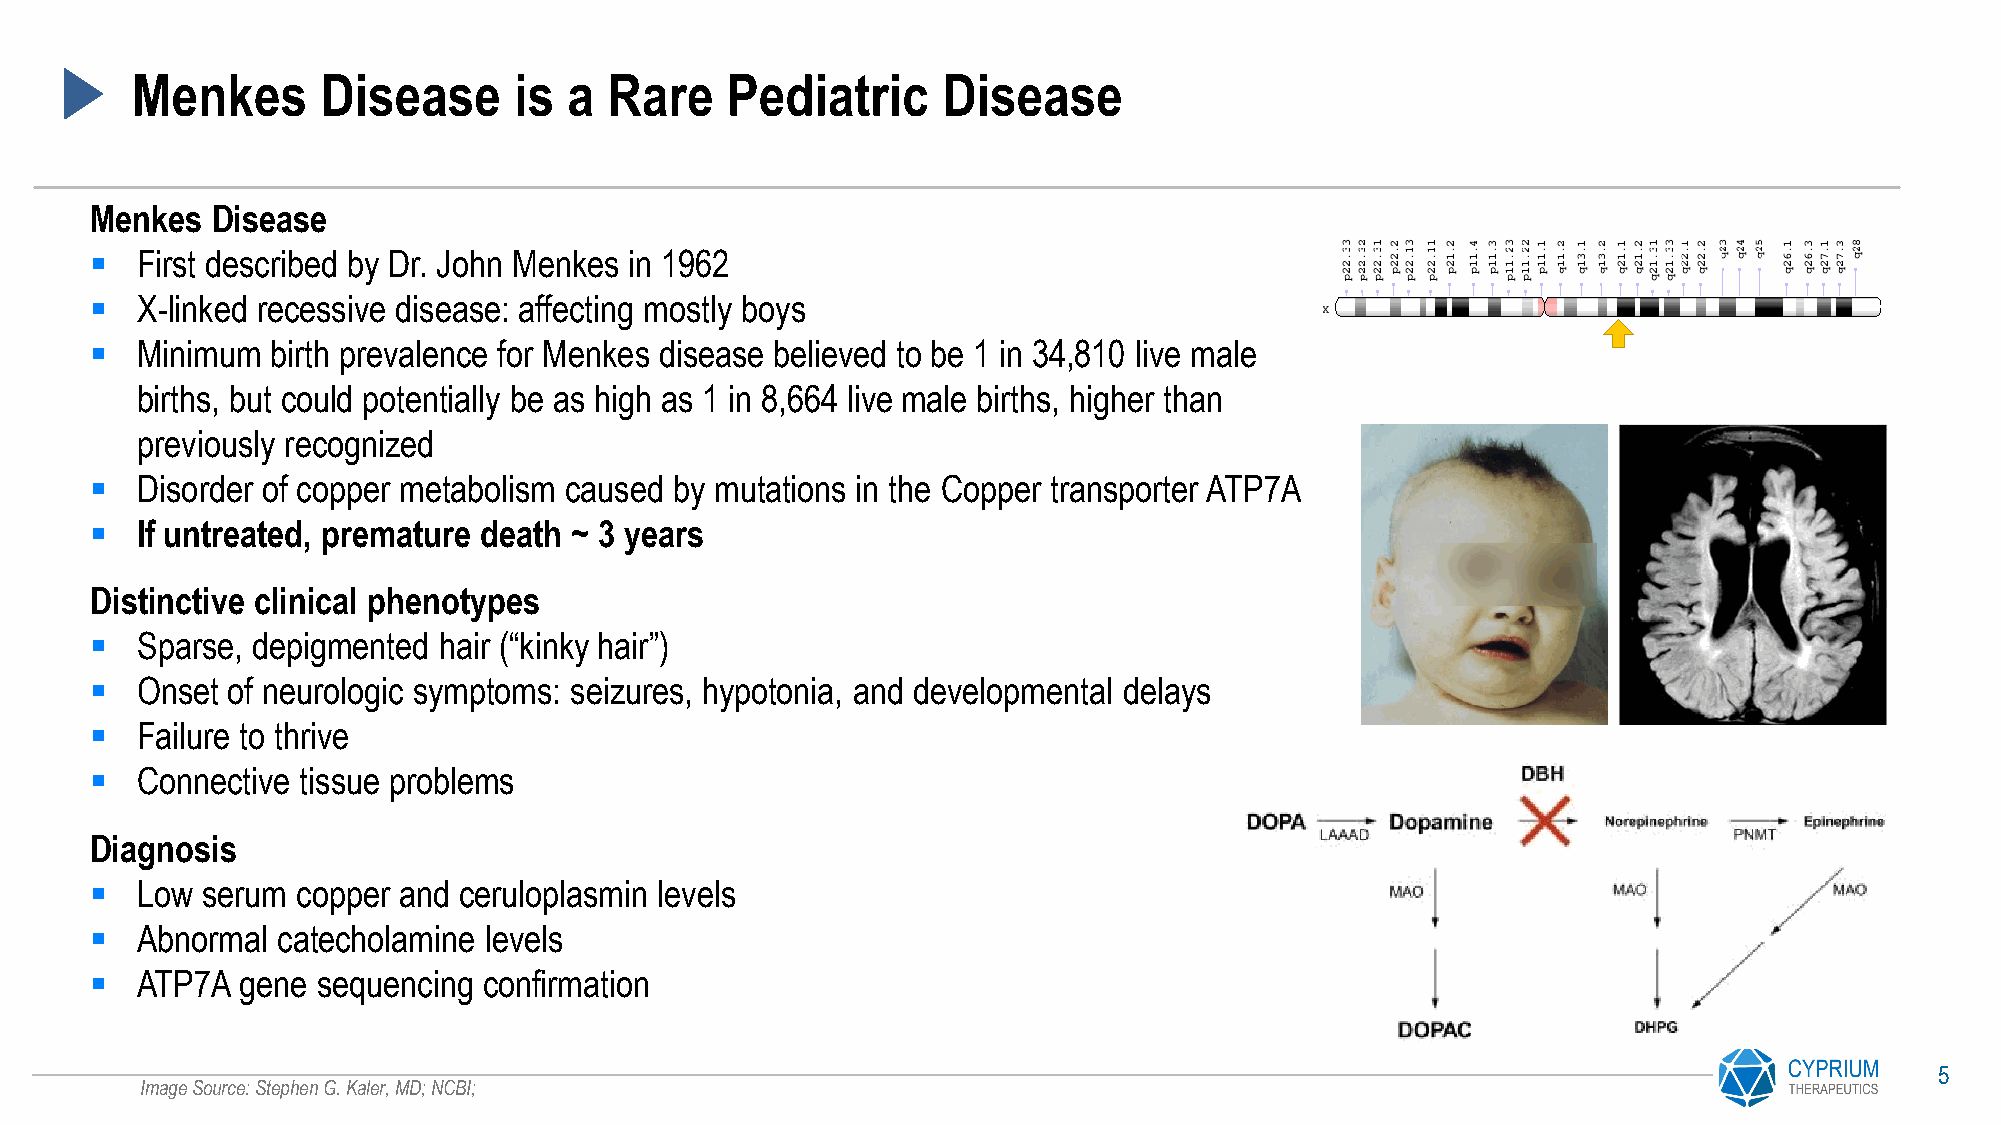
Menkes      Disease      is  a Rare    Pediatric     Disease
 Menkes  Disease
 ▪  First described by Dr. John Menkes in 1962
 ▪  X-linked recessive disease: affecting mostly boys
 ▪  Minimum  birth prevalence for Menkes disease believed to be 1 in 34,810 live male
 births, but could potentially be as high as 1 in 8,664 live male births, higher than
 previously recognized
 ▪  Disorder of copper metabolism caused by mutations in the Copper transporter ATP7A
 ▪  If untreated, premature death ~ 3 years
 Distinctive clinical phenotypes
 ▪  Sparse, depigmented hair (“kinky hair”)
 ▪  Onset of neurologic symptoms: seizures, hypotonia, and developmental delays
 ▪  Failure to thrive
 ▪  Connective tissue problems
 Diagnosis
 ▪  Low serum  copper and ceruloplasmin levels
 ▪  Abnormal catecholamine levels
 ▪  ATP7A  gene sequencing confirmation
 5
 Image Source: Stephen G. Kaler, MD; NCBI;